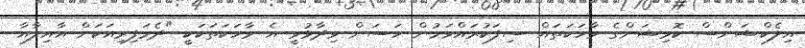
އިލެކްޝަންސް ކޮމިޝަންގެ ވާހަކަތައް ސިފަކުރައްވަމުން ހަސަން ވިދާޅުވީ އެ ވާހަކަތަކަކީ "ދެމަފިރިއަކަށް އާއިލާއާ